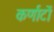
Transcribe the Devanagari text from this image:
कर्णाटों